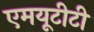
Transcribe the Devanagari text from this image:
एमयूटीटी